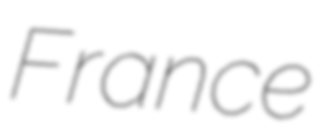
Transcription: France